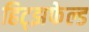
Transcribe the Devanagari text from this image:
हिट्झफेल्ड